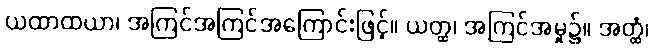
ယထာထယာ၊ အကြင်အကြင်အကြောင်းဖြင့်။ ယတ္ထ၊ အကြင်အမှု၌။ အတ္ထံ၊